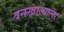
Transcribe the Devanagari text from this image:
वनखात्याला